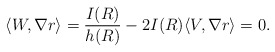
\begin{align*}\left \langle W, \nabla r\right \rangle = \frac{I(R)}{h(R)}- 2I(R) \langle V, \nabla r\rangle = 0.\end{align*}